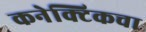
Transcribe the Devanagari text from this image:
कनेक्टिकचा